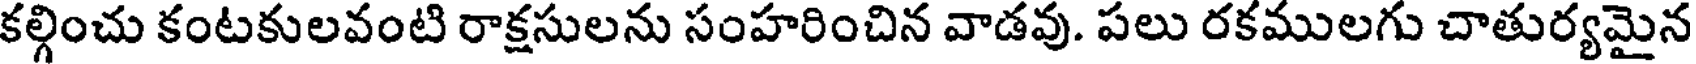
కల్గించు కంటకులవంటి రాక్షసులను సంహరించిన వాడవు. పలు రకములగు చాతుర్యమైన